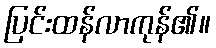
ပြင်းထန်လာကုန်၏။